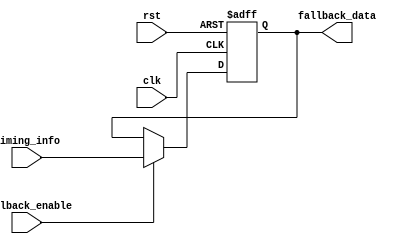
module fallback_bypass_reg (
    input wire clk,
    input wire rst,
    input wire fallback_enable,
    input wire [7:0] timing_info,
    output reg [7:0] fallback_data
);

reg [7:0] primary_data;

always @(posedge clk or posedge rst) begin
    if (rst) begin
        primary_data <= 8'h00;
        fallback_data <= 8'h00;
    end else begin
        if (fallback_enable) begin
            fallback_data <= timing_info;
        end else begin
            primary_data <= timing_info;
        end
    end
end

endmodule